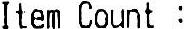
ITEM COUNT :